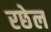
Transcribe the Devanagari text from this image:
रछेल